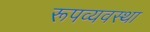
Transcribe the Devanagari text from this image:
रूपव्यवस्था